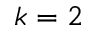
k = 2